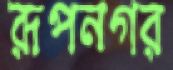
রূপনগর